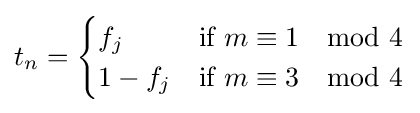
t_{n}={\begin{cases}f_{j}&{\text{if }}m\equiv 1\mod 4\\1-f_{j}&{\text{if }}m\equiv 3\mod 4\end{cases}}